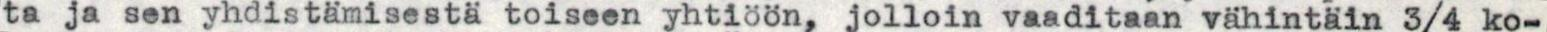
ta ja sen yhdistämisestä toiseen yhtiöön, jolloin vaaditaan vähintäin 3/4 ko-